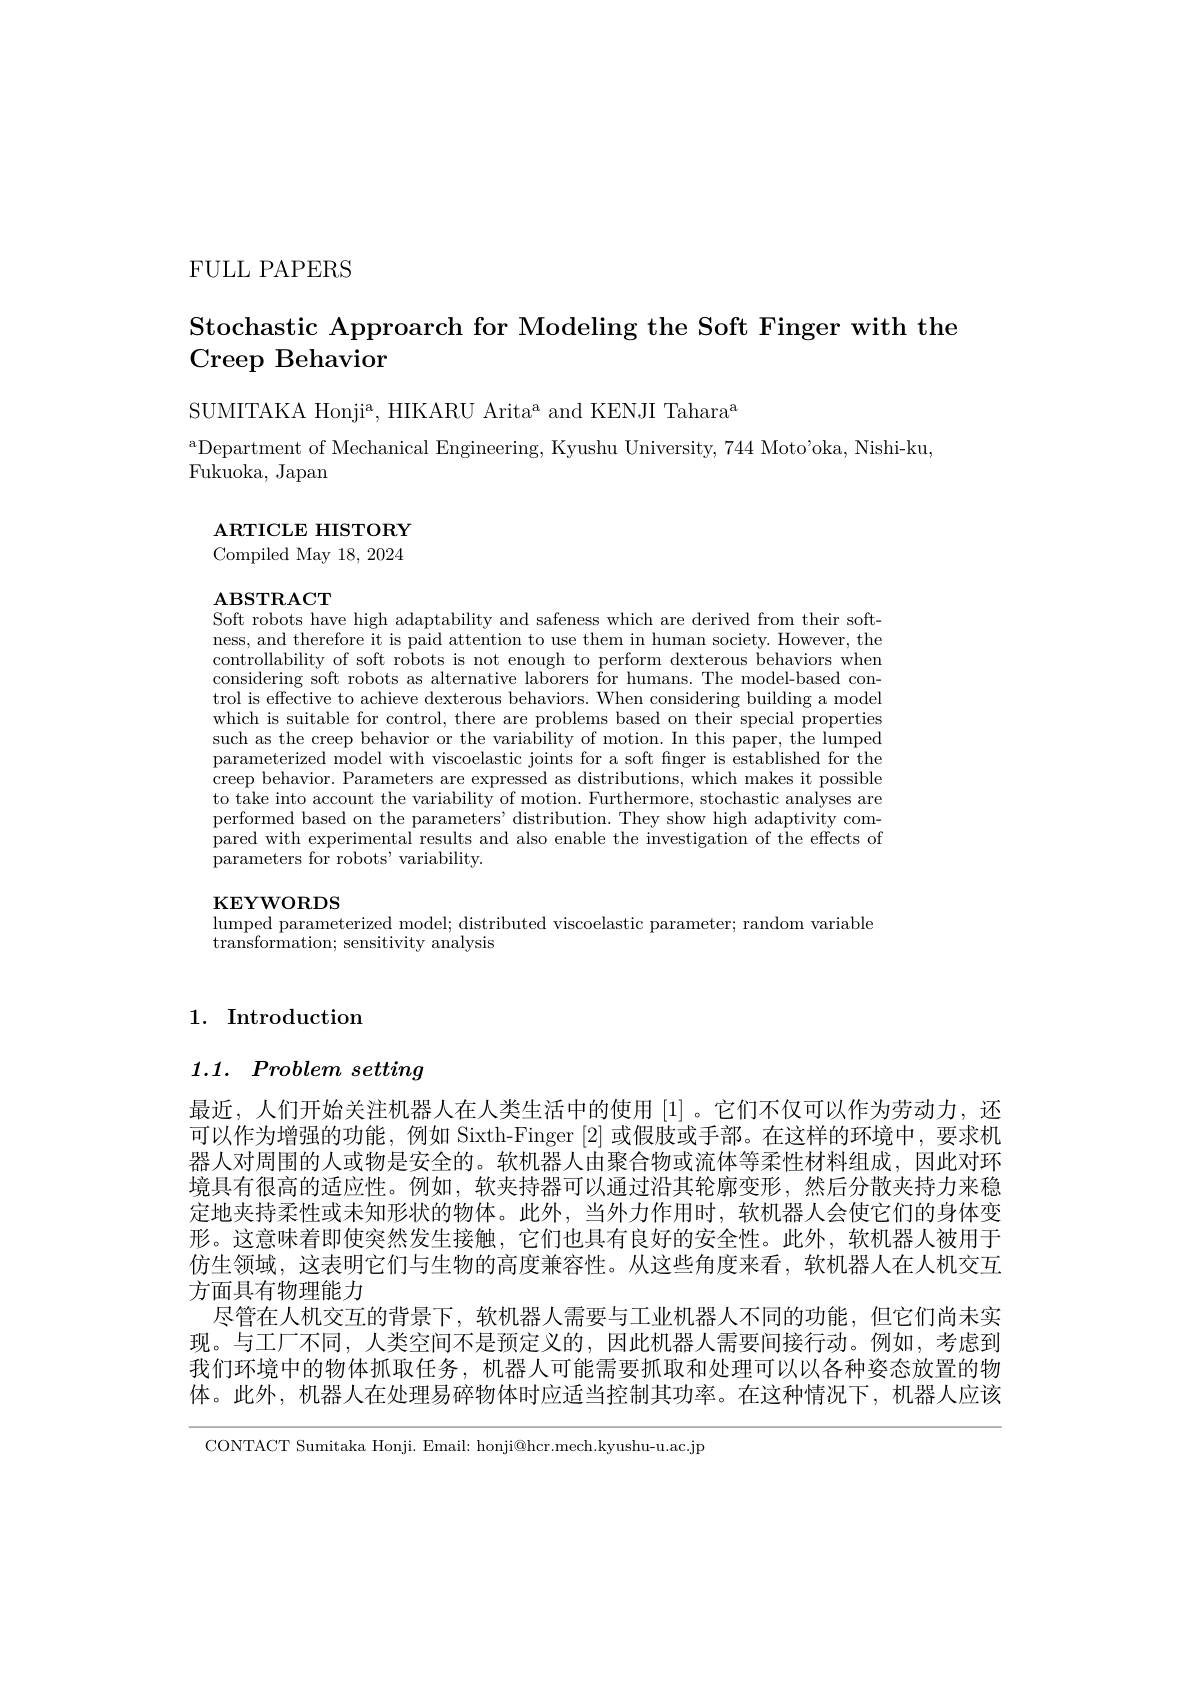
FULL PAPERS

Stochastic Approarch for Modeling the Soft Finger with the
# Creep Behavior

SUMITAKA Honjia, HIKARU Arita$^{\mathrm{a}}$ and KENJI Tahara$^{\mathrm{a}}$
aDepartment of Mechanical Engineering, Kyushu University, 744 Moto'oka, Nishi-ku,
Fukuoka, Japan

$\mathbf{ARTICLEHISTORY}$ Compiled May 18, 2024

$\mathbf{ABSTRACT}$
Soft robots have high adaptability and safeness which are derived from their soft-

ness, and therefore it is paid attention to use them in human society. However, the controllability of soft robots is not enough to perform dexterous behaviors when considering soft robots as alternative laborers for humans. The model-based control is effective to achieve dexterous behaviors. When considering building a model which is suitable for control, there are problems based on their special properties such as the creep behavior or the variability of motion. In this paper, the lumped parameterized model with viscoelastic joints for a soft fnger is established for the creep behavior. Parameters are expressed as distributions, which makes it possible to take into account the variability of motion. Furthermore, stochastic analyses are performed based on the parameters' distribution. They show high adaptivity compared with experimental results and also enable the investigation of the effects of parameters for robots' variability.

$\mathbf{KEYWORDS}$

lumped parameterized model; distributed viscoelastic parameter; random variable
${\mathrm{transformation;~sensitivity~analysis}}$

## 1. Introduction

$1. 1. \textit{ Problem setting}$

最近，人们开始关注机器人在人类生活中的使用[1]。它们不仅可以作为劳动力，还可以作为增强的功能，例如 Sixth-Finger [2]或假肢或手部。在这样的环境中，要求机器人对周围的人或物是安全的。软机器人由聚合物或流体等柔性材料组成，因此对环境具有很高的适应性。例如，软夹持器可以通过沿其轮廓变形，然后分散夹持力来稳定地夹持柔性或未知形状的物体。此外，当外力作用时，软机器人会使它们的身体变形。这意味着即使突然发生接触，它们也具有良好的安全性。此外，软机器人被用于仿生领域，这表明它们与生物的高度兼容性。从这些角度来看，软机器人在人机交互方面具有物理能力
尽管在人机交互的背景下，软机器人需要与工业机器人不同的功能，但它们尚未实现。与工厂不同，人类空间不是预定义的，因此机器人需要间接行动。例如，考虑到我们环境中的物体抓取任务，机器人可能需要抓取和处理可以以各种姿态放置的物体。此外，机器人在处理易碎物体时应适当控制其功率。在这种情况下，机器人应该

CONTACT Sumitaka Honji. Email: honji@hcr.mech.kyushu-u.ac.jp